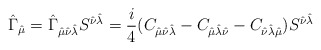
\begin{align*}\hat\Gamma_{\hat\mu}=\hat\Gamma_{\hat\mu\hat\nu\hat\lambda}S^{\hat\nu \hat\lambda}=\frac{i}{4}(C_{\hat\mu \hat\nu \hat\lambda}-C_{\hat\mu \hat\lambda \hat\nu}-C_{\hat\nu \hat\lambda \hat\mu})S^{\hat\nu\hat\lambda}\end{align*}